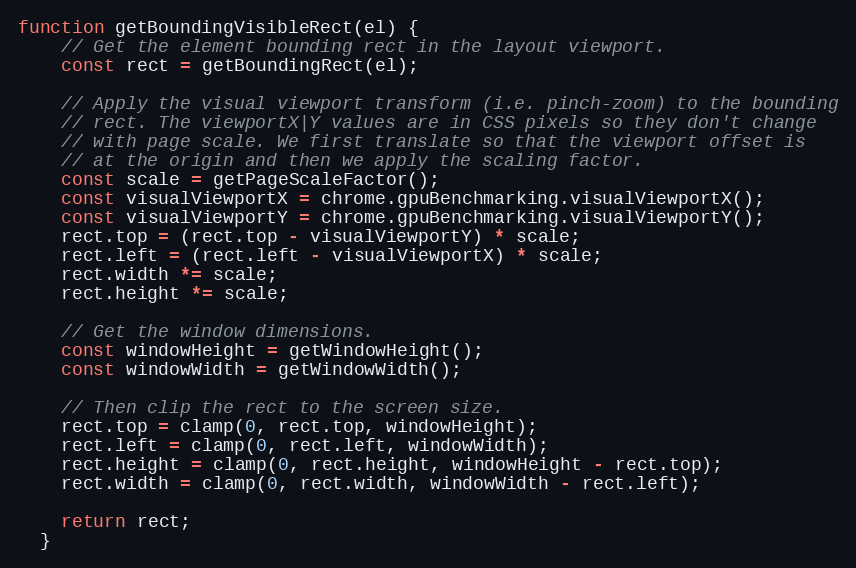
Language: JavaScript
function getBoundingVisibleRect(el) {
    // Get the element bounding rect in the layout viewport.
    const rect = getBoundingRect(el);

    // Apply the visual viewport transform (i.e. pinch-zoom) to the bounding
    // rect. The viewportX|Y values are in CSS pixels so they don't change
    // with page scale. We first translate so that the viewport offset is
    // at the origin and then we apply the scaling factor.
    const scale = getPageScaleFactor();
    const visualViewportX = chrome.gpuBenchmarking.visualViewportX();
    const visualViewportY = chrome.gpuBenchmarking.visualViewportY();
    rect.top = (rect.top - visualViewportY) * scale;
    rect.left = (rect.left - visualViewportX) * scale;
    rect.width *= scale;
    rect.height *= scale;

    // Get the window dimensions.
    const windowHeight = getWindowHeight();
    const windowWidth = getWindowWidth();

    // Then clip the rect to the screen size.
    rect.top = clamp(0, rect.top, windowHeight);
    rect.left = clamp(0, rect.left, windowWidth);
    rect.height = clamp(0, rect.height, windowHeight - rect.top);
    rect.width = clamp(0, rect.width, windowWidth - rect.left);

    return rect;
  }